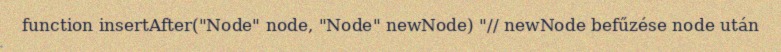
function insertAfter("Node" node, "Node" newNode) "// newNode befűzése node után